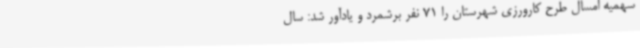
سهمیه امسال طرح کارورزی شهرستان را 71 نفر برشمرد و یادآور شد: سال